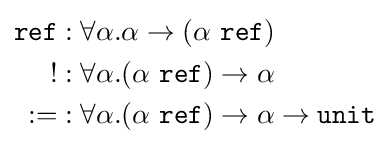
{\begin{aligned}{\mathtt {ref}}&:\forall \alpha .\alpha \to (\alpha \ {\mathtt {ref}})\\{\mathtt {!}}&:\forall \alpha .(\alpha \ {\mathtt {ref}})\to \alpha \\{\mathtt {:=}}&:\forall \alpha .(\alpha \ {\mathtt {ref}})\to \alpha \to {\mathtt {unit}}\end{aligned}}